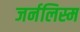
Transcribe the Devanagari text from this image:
जर्नलिस्म